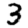
Digit: 3